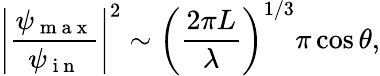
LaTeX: \left|\frac{\psi_{\mathrm{~m~a~x~}}}{\psi_{\mathrm{~i~n~}}}\right|^{2}\sim\left(\frac{2\pi L}{\lambda}\right)^{1/3}\pi\cos\theta,